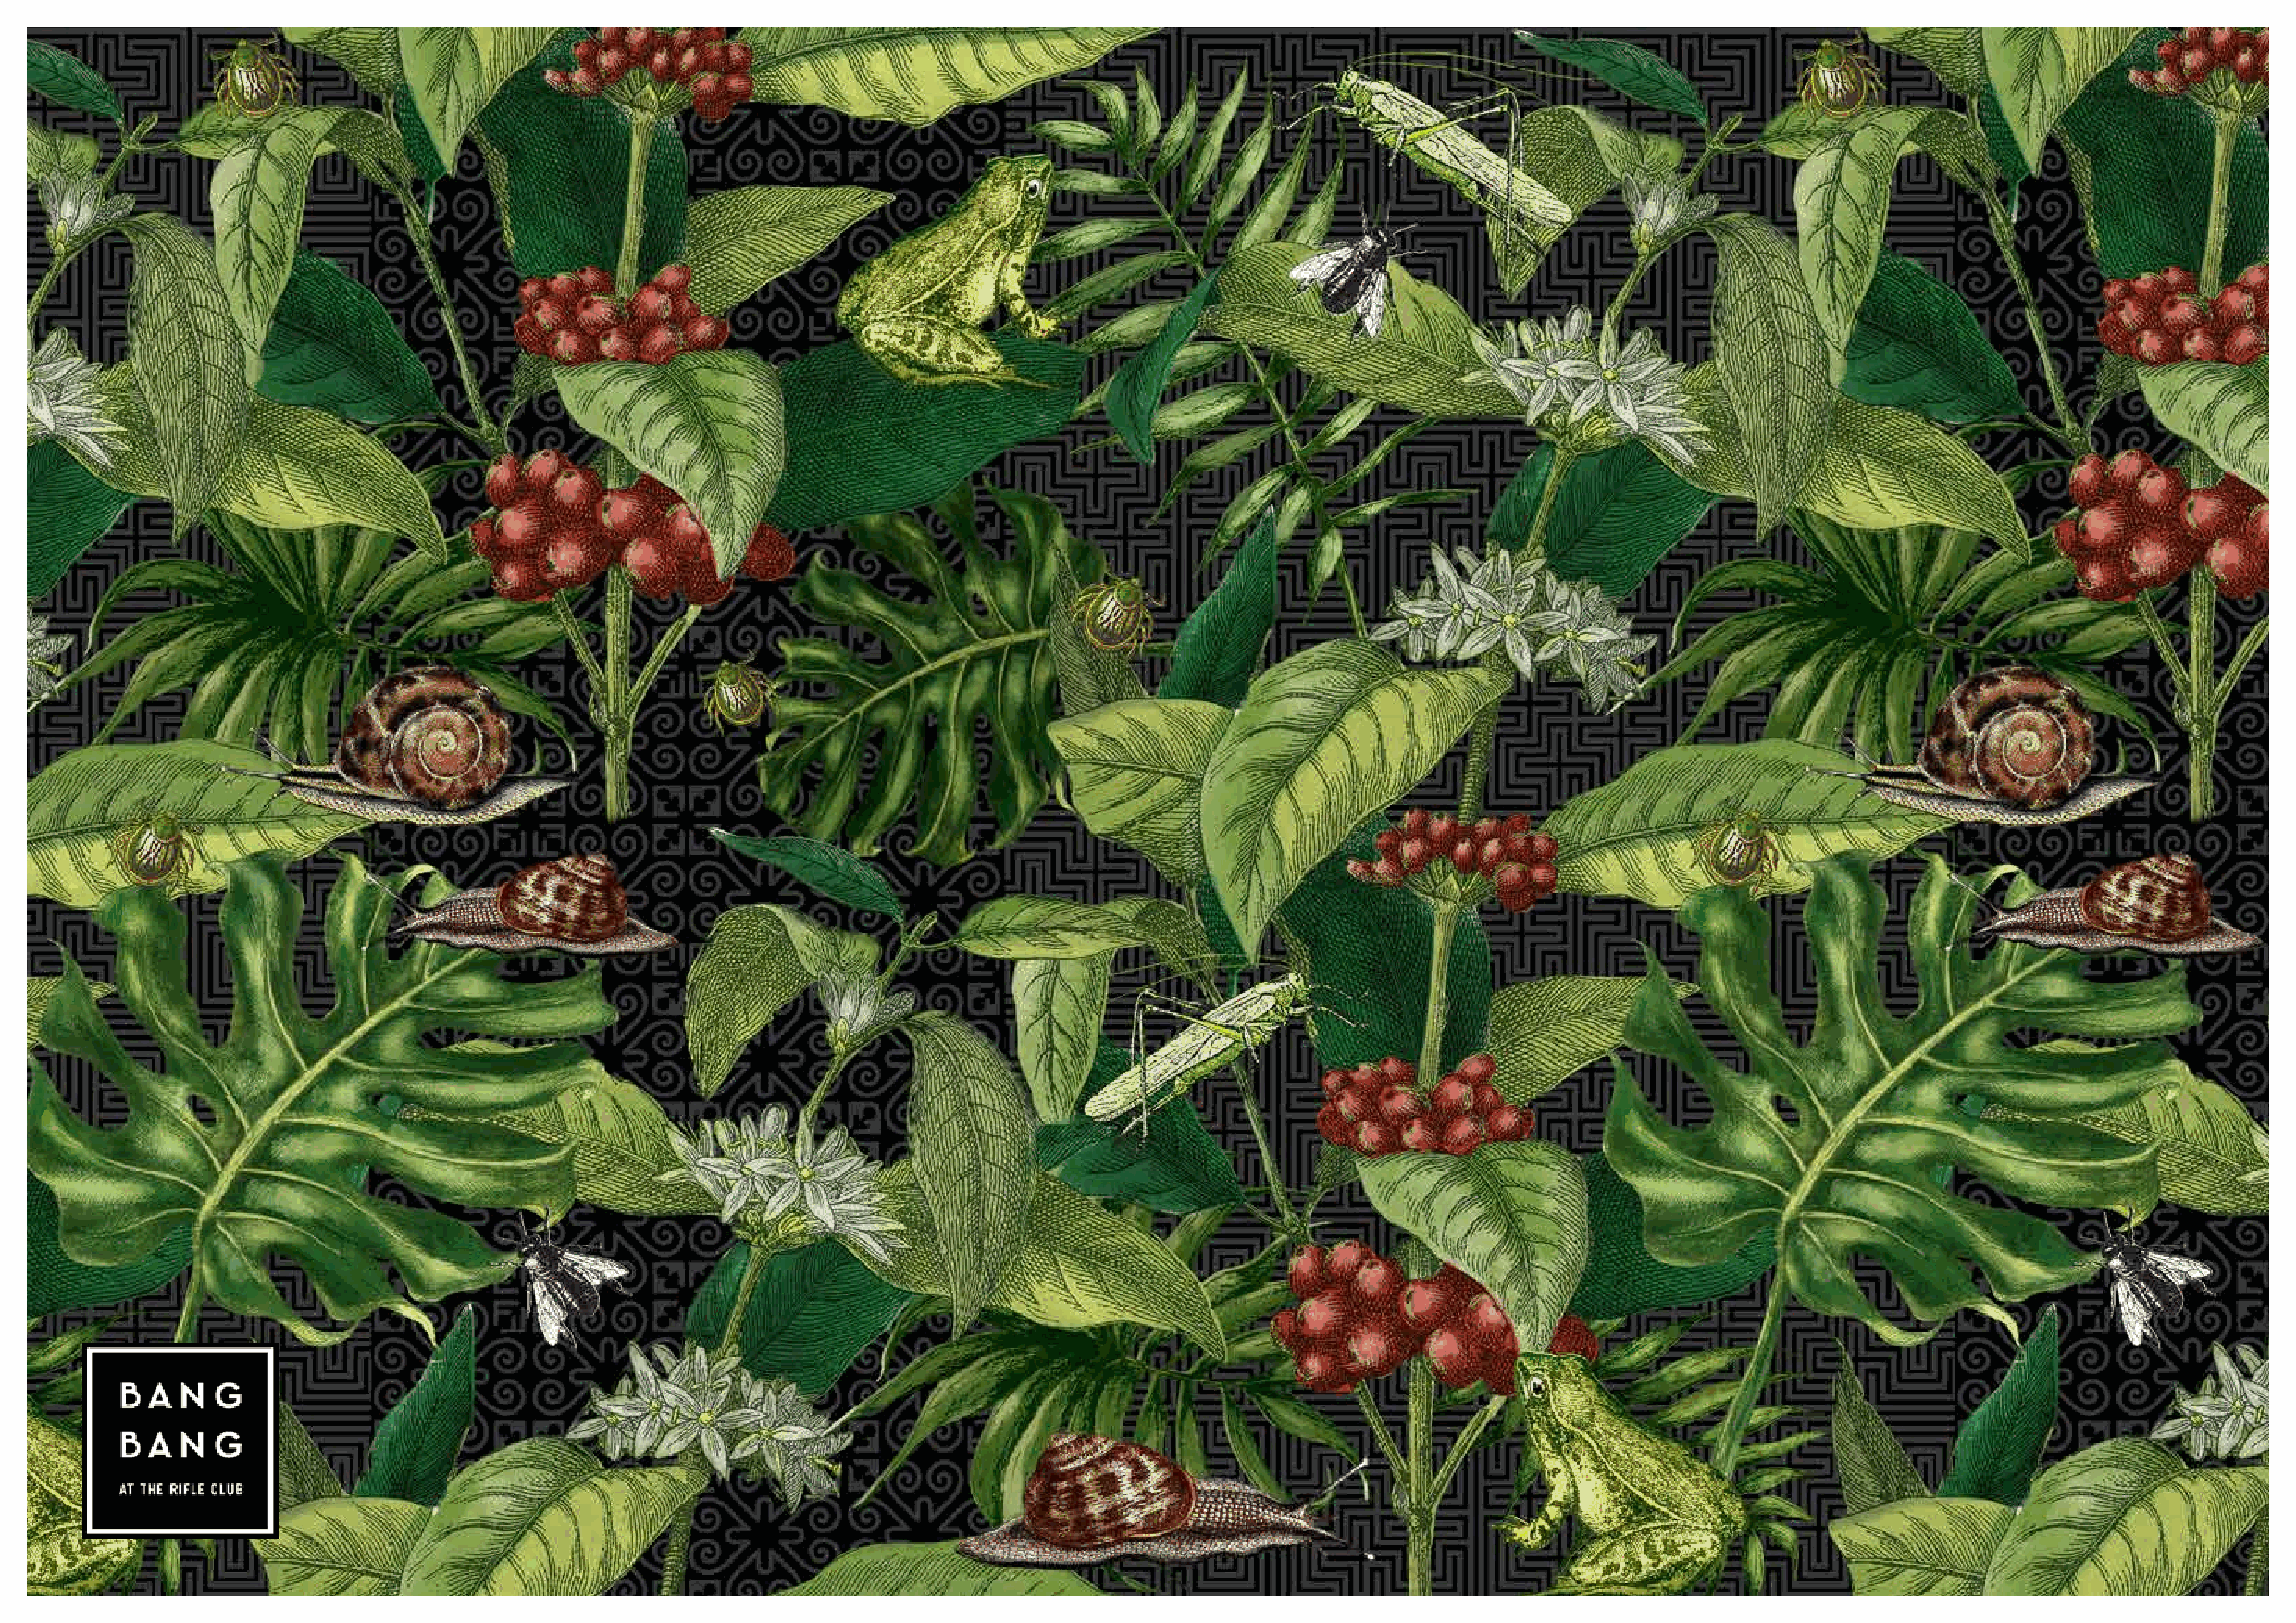
BANG BANG.COM.AU / 294 GLENHUNTLY ROAD ELSTERNWICK VICTORIA AUSTRALIA / (03) 9662 1771 / INFO@BANGBANG.COM.AU / #BANGBANGRC / FB: BANG BANG RC